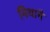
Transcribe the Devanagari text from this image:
मिथानै